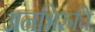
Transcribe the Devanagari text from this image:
अनभिरुचि